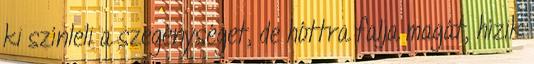
ki színleli a szegénységet, de hóttra falja magát, hízik